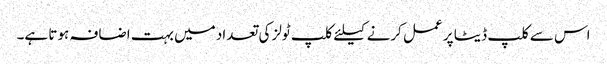
اس سے کلپ ڈیٹا پر عمل کرنے کیلئے کلپ ٹولز کی تعداد میں بہت اضافہ ہوتا ہے۔